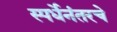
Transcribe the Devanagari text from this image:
स्पर्धेनंतरचे